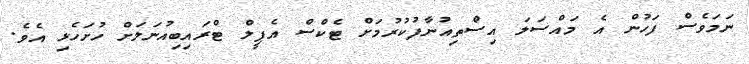
ނަމަވެސް ފަހުން އެ މައްސަލަ އިސްތިއުނާފުކުރުމަށް ޓެކްސް އެޕީލް ޓްރައިބިއުނަލަށް ހުށަހެޅި އެވެ.